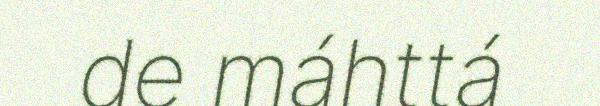
de máhttá